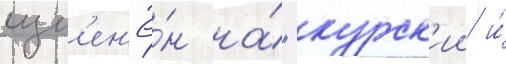
изм'ен'ё́н на́ "курск'ии и́